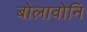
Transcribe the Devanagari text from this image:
बोलावोनि